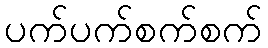
ပက်ပက်စက်စက်